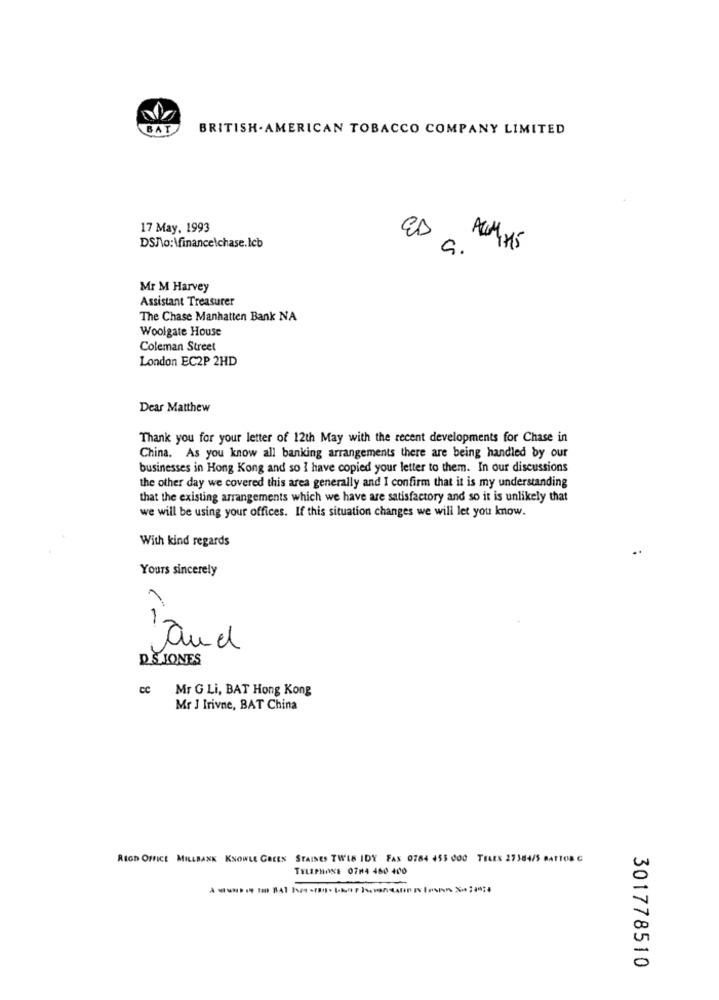
BAT
BRITISH . AMERICAN TOBACCO COMPANY LIMITED
17 May, 1993
DSNo: \finance\chase.Icb
ED
AUM 75
Mr M Harvey
Assistant Treasurer
The Chase Manhatten Bank NA
Woolgate House
Coleman Street
London EC2P 2HD
Dear Matthew
Thank you for your letter of 12th May with the recent developments for Chase in
China. As you know all banking arrangements there are being handled by our
businesses in Hong Kong and so I have copied your letter to them. In our discussions
the other day we covered this area generally and I confirm that it is my understanding
that the existing arrangements which we have are satisfactory and so it is unlikely that
we will be using your offices. If this situation changes we will let you know.
With kind regards
Yours sincerely
A
and
DS JONES
cc
Mr G Li, BAT Hong Kong
Mr J Irivne, BAT China
RIGS OFFICE MILLBANK KNOWLE GREEN STAINES TWIS IDY FAX 0784 455 000 TELES 27384/5 BATTOB C
TELEPHONE 07/4 460 400
301778510